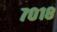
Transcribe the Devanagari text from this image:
७०१८